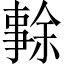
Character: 𠄜